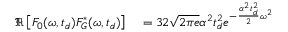
\begin{array} { r l } { \mathfrak { R } \left[ F _ { 0 } ( \omega , t _ { d } ) F _ { G } ^ { * } ( \omega , t _ { d } ) \right] } & { { } = 3 2 \sqrt { 2 \pi e } \alpha ^ { 2 } t _ { d } ^ { 2 } e ^ { - \frac { \alpha ^ { 2 } t _ { d } ^ { 2 } } { 2 } \omega ^ { 2 } } } \end{array}